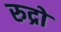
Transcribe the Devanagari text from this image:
रुद्रो